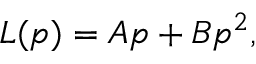
L ( p ) = A p + B p ^ { 2 } ,